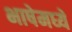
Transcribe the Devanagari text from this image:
भाषेमध्‍ये